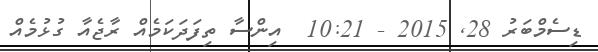
ޑިސެމްބަރު 28